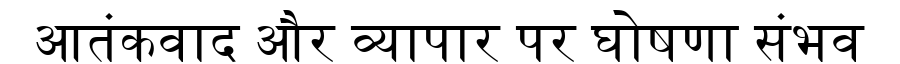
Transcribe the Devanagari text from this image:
आतंकवाद और व्यापार पर घोषणा संभव